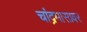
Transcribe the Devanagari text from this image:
चांद्रमासावर